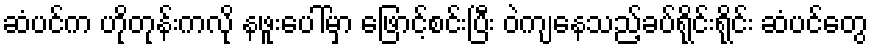
ဆံပင်က ဟိုတုန်းကလို နဖူးပေါ်မှာ ဖြောင့်စင်းပြီး ဝဲကျနေသည့်ခပ်ရိုင်းရိုင်း ဆံပင်တွေ